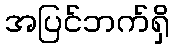
အပြင်ဘက်ရှိ